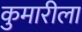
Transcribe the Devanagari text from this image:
कुमारीला